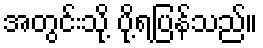
အတွင်းသို့ ပို့ရပြန်သည်။